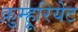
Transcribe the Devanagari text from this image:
क़ुम्हूरियेट